system: You are a helpful assistant.
user:
Analyze the provided spectrum to determine if it is a **M-type Giant (gM)**.

A M-type Giant spectrum is defined by its **strong molecular absorption** features, particularly from **Titanium Oxide (TiO)**. You must check for one of the following mutually exclusive signatures:

- **Key Visual Indicators (Absorption-Dominated Spectrum):**

    - **(Primary):** The spectrum is dominated by strong molecular absorption from **Titanium Oxide (TiO)**. This is the **defining feature** of its M-type temperature class.
        - **(Key Bandheads):** Look for sharp, "saw-tooth" absorption valleys. The strongest are located near **~7050 Å**, **~6160 Å**, and **~5170 Å**.
        - **(Line Profile):** The "saw-tooth" morphology is critical: a **sharp, steep drop on the BLUE (short-wavelength) side** of the bandhead, followed by a gradual recovery (rising flux) towards the RED (long-wavelength) side.

    - **(Key Confirmation - Giant vs. Dwarf):** **ABSENCE** of strong **Calcium Hydride (CaH)** molecular bands. This is the primary diagnostic for *excluding* M-dwarfs.
        - **(Key Region):** The spectrum should lack the strong, broad absorption band seen in dwarfs between **~6800 Å and ~7000 Å**.

    - **(Secondary Confirmation - Giant):** A very strong and broad **Neutral Calcium (Ca I)** atomic absorption line.
        - **(Key Line):** Located at **~4226 Å**. In a giant (gM), this line is significantly deeper and broader than the same line in an M-dwarf (dM) due to low surface gravity.

    - **(Overall Spectrum):**
        - The continuum is **extremely red-sloping** (i.e., flux is very low in the blue and rises dramatically towards the red).
        - The entire spectrum appears "chopped up" by the deep TiO bands.

Think first, call **spectral_visualization_tool** if needed to examine features in detail, then provide your final answer. Your response must adhere to the following strict rules:
1.  **Overall Structure:** Your response must follow the format `<think>...</think> <tool_call>...</tool_call> (if a tool is used) <answer>...</answer>`.
2.  **Tool Usage Constraint:** You may only make **one** tool call per turn.
3.  **Final Answer Format:** In the `<answer>` tag, your conclusion must be inside a `\boxed{}` command (e.g., `\boxed{YES}` or `\boxed{NO}`), followed by your justification.

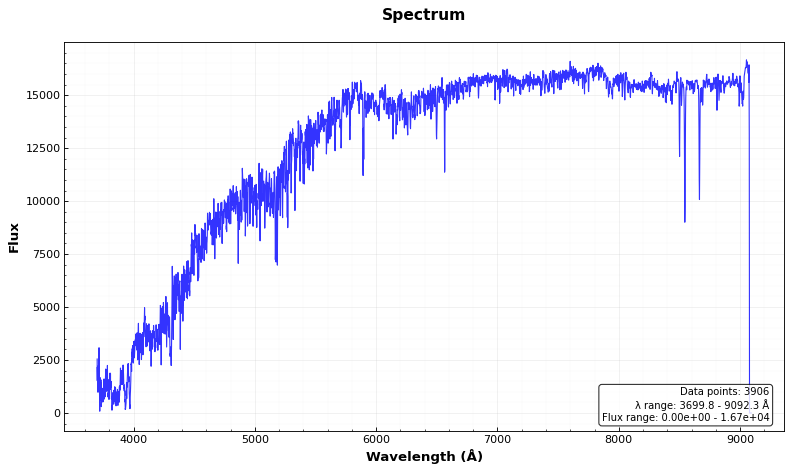
Answer: NO